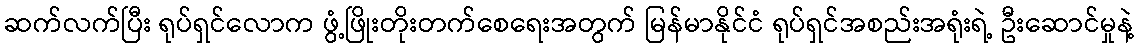
ဆက်လက်ပြီး ရုပ်ရှင်လောက ဖွံ့ဖြိုးတိုးတက်စေရေးအတွက် မြန်မာနိုင်ငံ ရုပ်ရှင်အစည်းအရုံးရဲ့ ဦးဆောင်မှုနဲ့